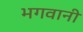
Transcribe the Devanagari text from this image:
भगवानी